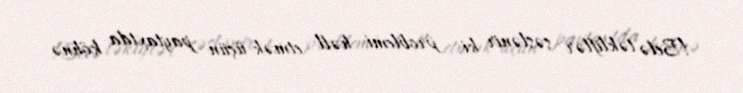
!Belə təkliflər səslənir ki, problemi həll etmək üçün paytaxtda köhnə